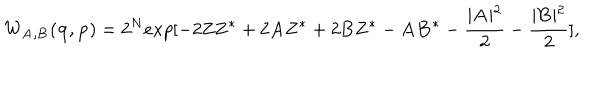
W _ { { \bf A , B } } ( { \bf q , p } ) = 2 ^ { N } e x p [ - 2 { \bf Z Z ^ { * } } + 2 { \bf A Z ^ { * } } + 2 { \bf B Z ^ { * } } - { \bf A B ^ { * } } - \frac { \mid { \bf A } \mid ^ { 2 } } { 2 } - \frac { \mid { \bf B } \mid ^ { 2 } } { 2 } ] , \nonumber \,